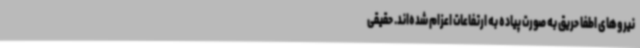
نیروهای اطفا حریق به صورت پیاده به ارتفاعات اعزام شده‌اند. حقیقی